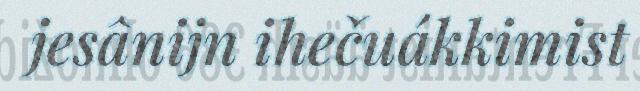
jesânijn ihečuákkimist